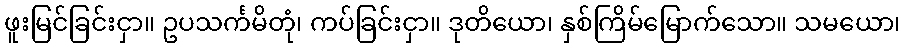
ဖူးမြင်ခြင်းငှာ။ ဥပသင်္ကမိတုံ၊ ကပ်ခြင်းငှာ။ ဒုတိယော၊ နှစ်ကြိမ်မြောက်သော။ သမယော၊